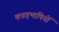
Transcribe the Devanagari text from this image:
कन्नड़भाषियों